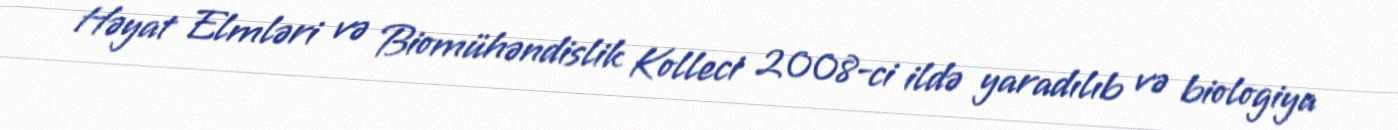
Həyat Elmləri və Biomühəndislik Kolleci 2008-ci ildə yaradılıb və biologiya